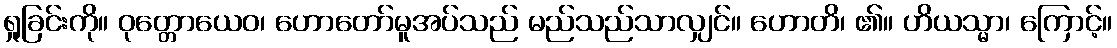
ရှုခြင်းကို။ ဝုတ္တောယေဝ၊ ဟောတော်မူအပ်သည် မည်သည်သာလျှင်။ ဟောတိ၊ ၏။ ဟိယသ္မာ၊ ကြောင့်။